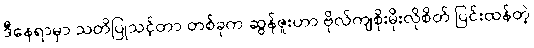
ဒီနေရာမှာ သတိပြုသင့်တာ တစ်ခုက ဆွန်ဇူးဟာ ဗိုလ်ကျစိုးမိုးလိုစိတ် ပြင်းထန်တဲ့